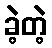
ခဲ့တဲ့